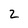
Character: 2